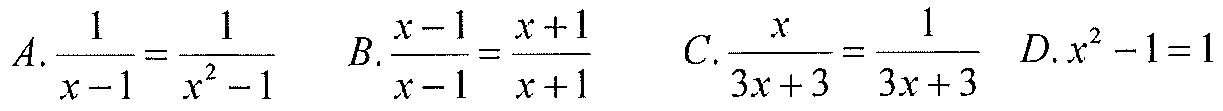
\(A.\frac{1}{x - 1}=\frac{1}{x^{2}-1}\)  \(B.\frac{x - 1}{x - 1}=\frac{x + 1}{x + 1}\)  \(C.\frac{x}{3x + 3}=\frac{1}{3x + 3}\)  \(D.x^{2}-1 = 1\)